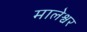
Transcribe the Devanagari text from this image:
मालेश्वर